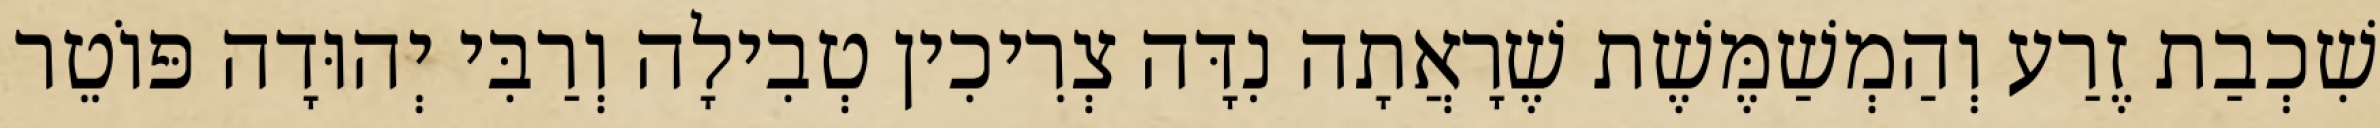
שִׁכְבַת זֶרַע וְהַמְשַׁמֶּשֶׁת שֶׁרָאֲתָה נִדָּה צְרִיכִין טְבִילָה וְרַבִּי יְהוּדָה פּוֹטֵר